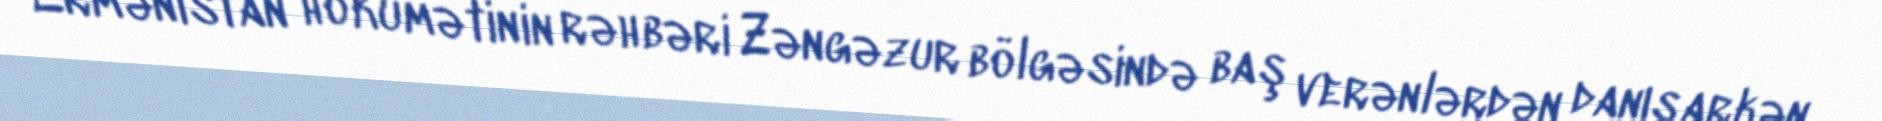
Ermənistan hökumətinin rəhbəri Zəngəzur bölgəsində baş verənlərdən danışarkən